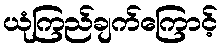
ယုံကြည်ချက်ကြောင့်